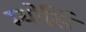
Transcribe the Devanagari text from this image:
म्योसिं